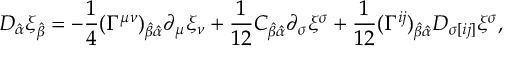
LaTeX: D _ { \hat { \alpha } } \xi _ { \hat { \beta } } = - { \frac { 1 } { 4 } } ( \Gamma ^ { \mu \nu } ) _ { \hat { \beta } \hat { \alpha } } \partial _ { \mu } \xi _ { \nu } + { \frac { 1 } { 1 2 } } C _ { \hat { \beta } \hat { \alpha } } \partial _ { \sigma } \xi ^ { \sigma } + { \frac { 1 } { 1 2 } } ( \Gamma ^ { i j } ) _ { \hat { \beta } \hat { \alpha } } D _ { \sigma [ i j ] } \xi ^ { \sigma } ,